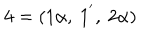
LaTeX: { \bf 4 } = ( 1 \alpha , ~ 1 ^ { ^ { \prime } } , ~ 2 \alpha )